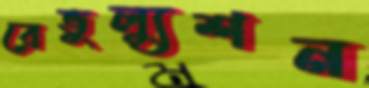
রেভুল্যুশন